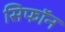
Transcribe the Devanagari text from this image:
सिफॉन